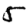
Digit: 5